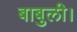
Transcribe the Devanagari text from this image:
बाबुली।